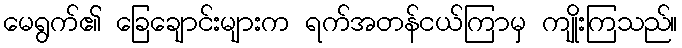
မေရွက်၏ ခြေချောင်းများက ရက်အတန်ငယ်ကြာမှ ကျိုးကြသည်။